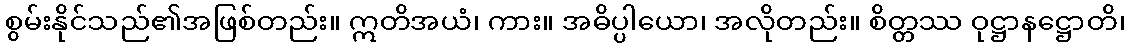
စွမ်းနိုင်သည်၏အဖြစ်တည်း။ ဣတိအယံ၊ ကား။ အဓိပ္ပါယော၊ အလိုတည်း။ စိတ္တဿ ဝုဋ္ဌာနဋ္ဌောတိ၊